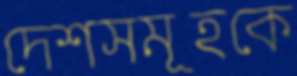
দেশসমূহকে